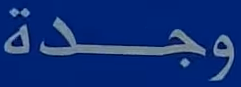
وجدة